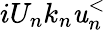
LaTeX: iU_{n}k_{n}\mathit{u}_{n}^{<}